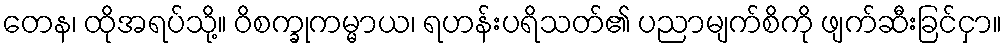
တေန၊ ထိုအရပ်သို့။ ဝိစက္ခုကမ္မာယ၊ ရဟန်းပရိသတ်၏ ပညာမျက်စိကို ဖျက်ဆီးခြင်ငှာ။